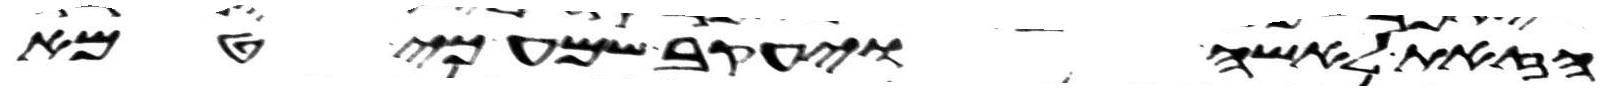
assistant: הזאת לאשה ויעקב שמע כי טמא